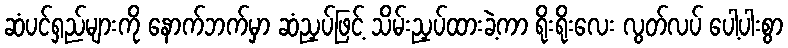
ဆံပင်ရှည်များကို နောက်ဘက်မှာ ဆံညှပ်ဖြင့် သိမ်းညှပ်ထားခဲ့ကာ ရိုးရိုးလေး လွတ်လပ် ပေါ့ပါးစွာ